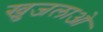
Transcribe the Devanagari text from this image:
खुजलाओ